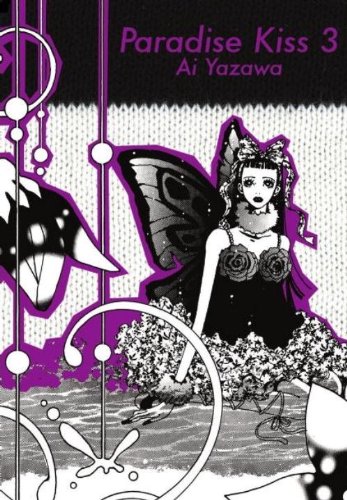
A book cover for Paradise Kiss, Part 3; Ai Yazawa; Arts & Photography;